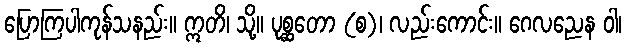
ပြောကြပါကုန်သနည်း။ ဣတိ၊ သို့။ ပုစ္ဆတော (စ)၊ လည်းကောင်း။ ဂေလညေန ဝါ၊